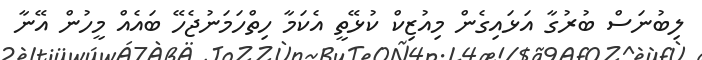
ލިބުނަސް ބުރުގާ އަޅައިގެން މިއުޒިކް ކުޅޭތީ އެކަމާ ހިތްހަމަނުޖެހޭ ބައެއް މީހުން އޭނާ